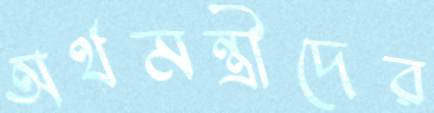
অর্থমন্ত্রীদের